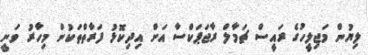
ލިޔުން މަޖިލީހުގެ ރައީސް ޗަމާލް ރާޖަޕަކްސާ އަަށް އިދިކޮޅު ފަރާތްތަކުން މިހާރު ވަނީ